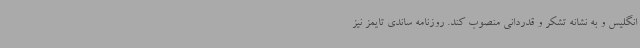
انگلیس و به نشانه تشکر و قدردانی منصوب کند. روزنامه ساندی تایمز نیز